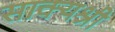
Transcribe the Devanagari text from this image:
साक्यश्री